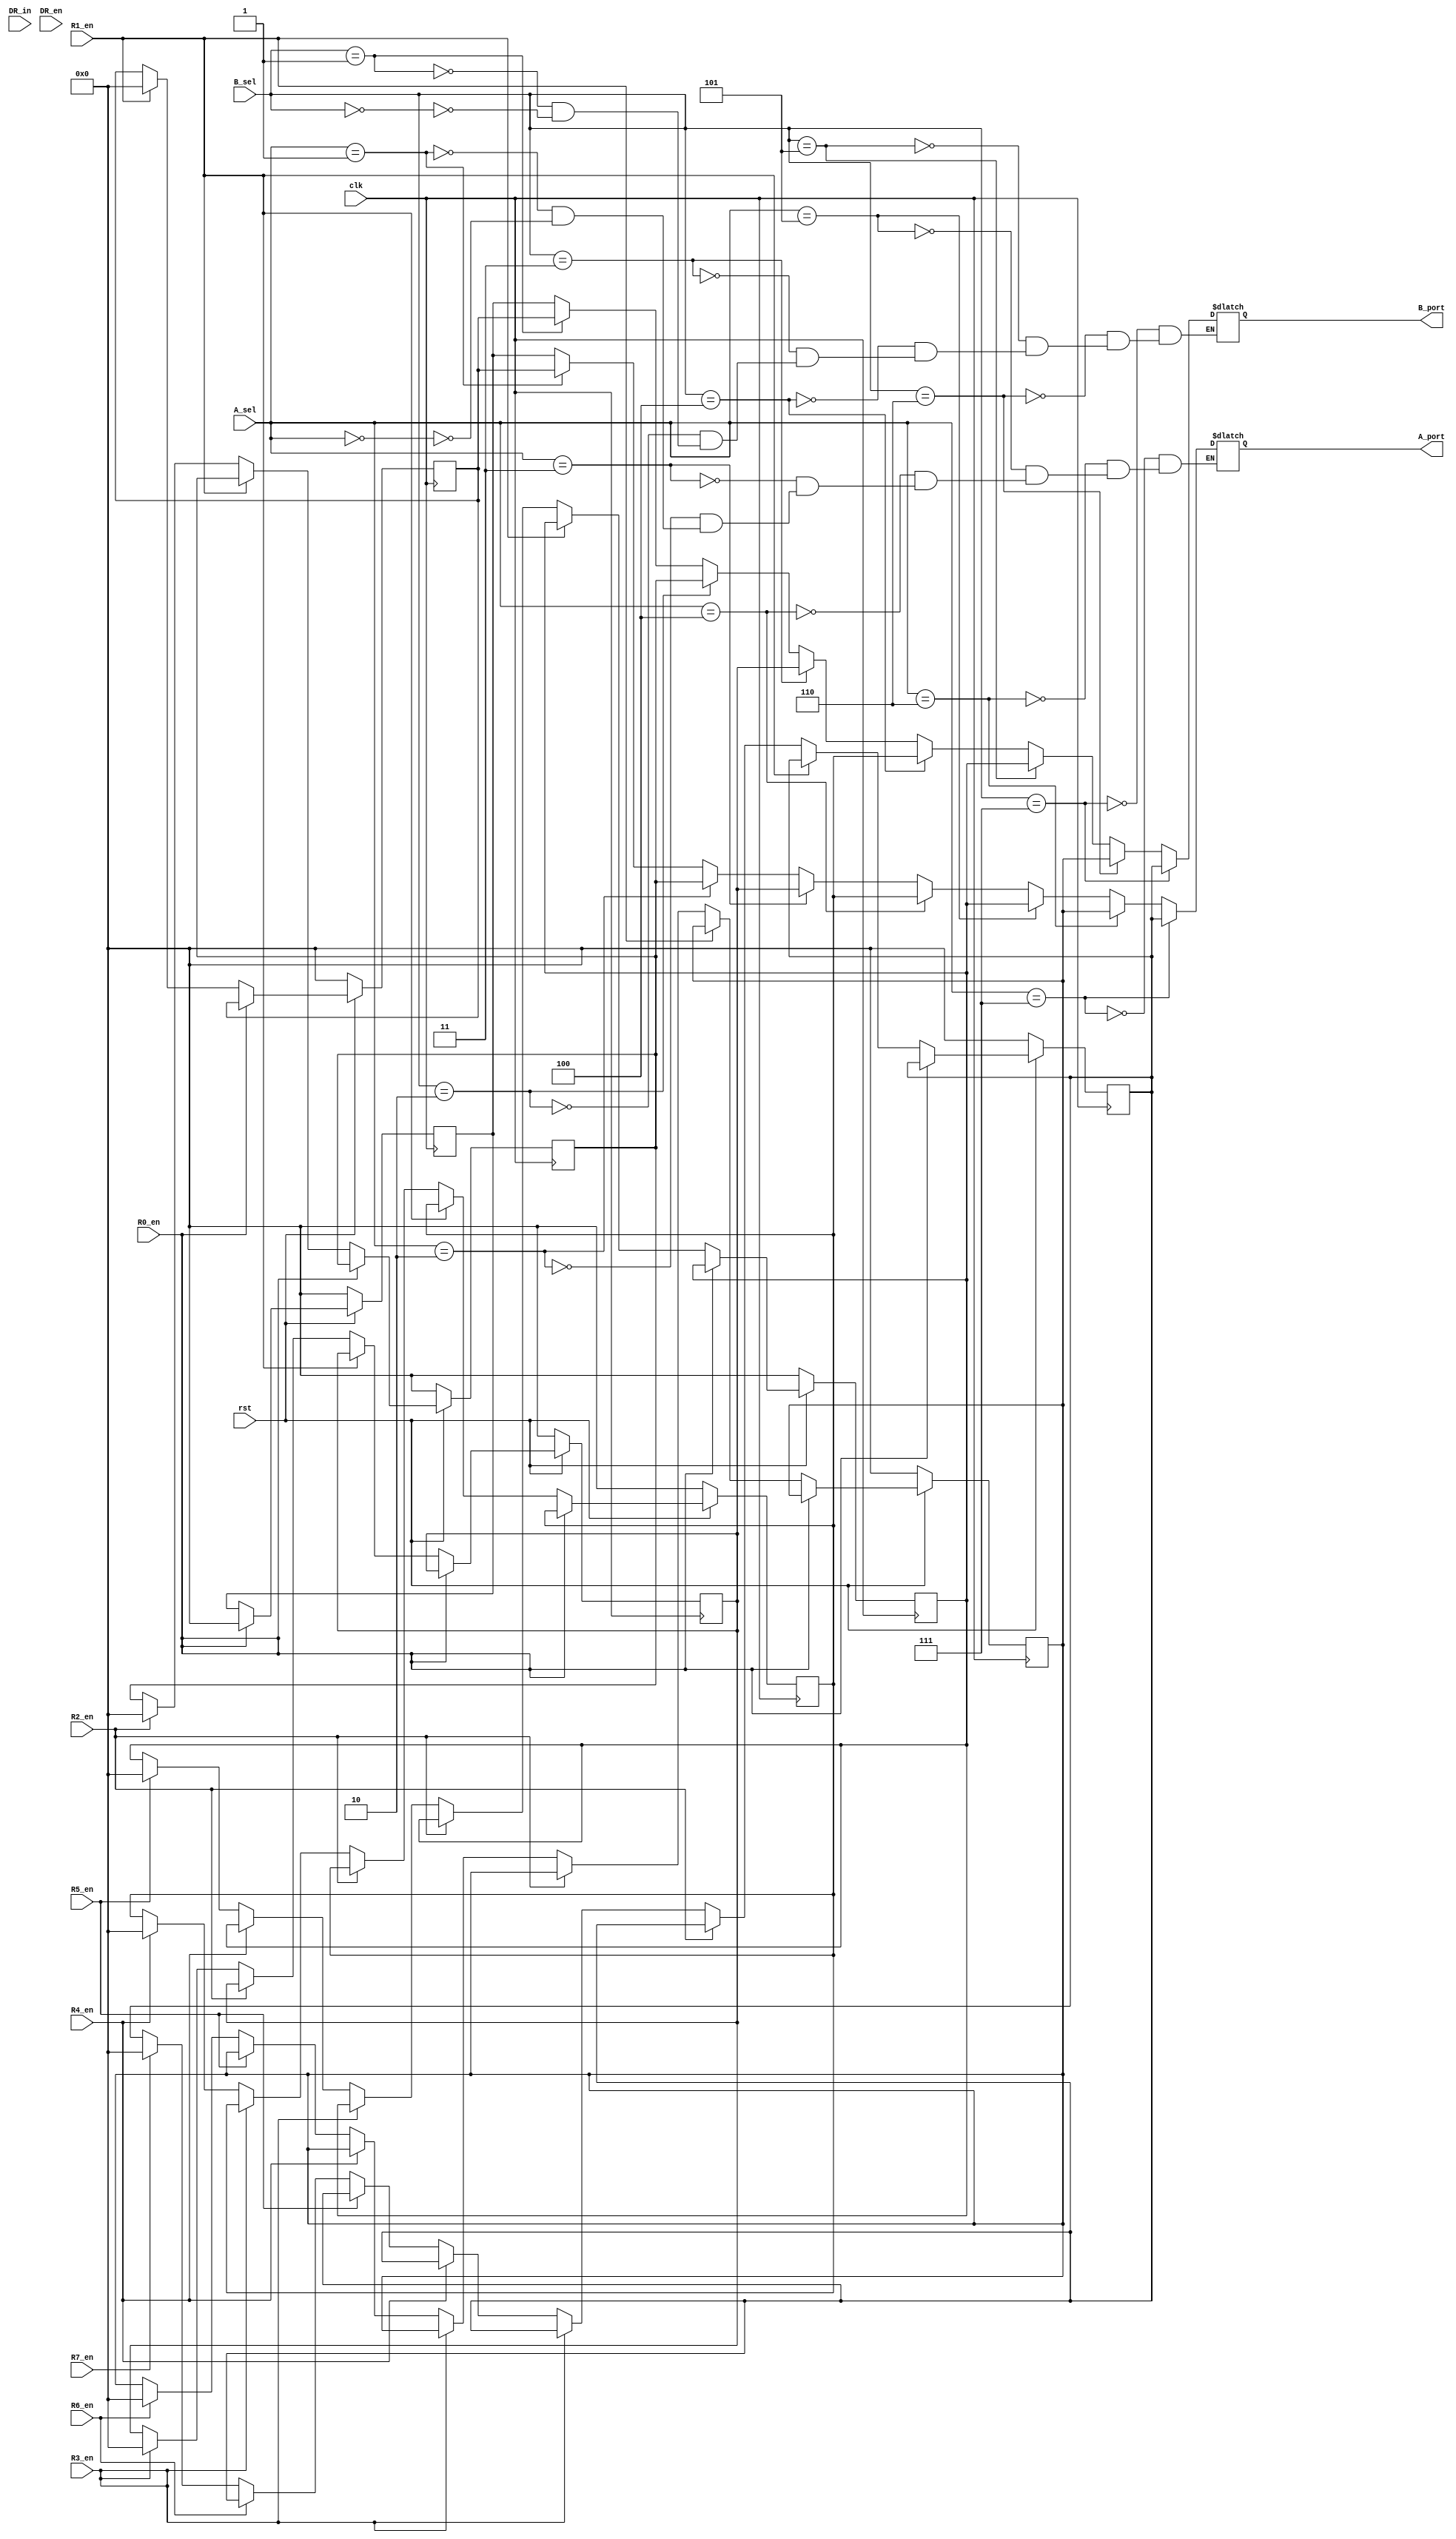
`timescale 1ns / 1ps
//////////////////////////////////////////////////////////////////////////////////
// Company: 
// Engineer: 
// 
// Design Name: 
// Module Name: Regsfile
// Project Name: 
// Target Devices: 
// Tool Versions: 
// Description: 
// 
// Dependencies: 
// 
// Revision:
// Revision 0.01 - File Created
// Additional Comments:
// 
//////////////////////////////////////////////////////////////////////////////////


module Regsfile(
    input clk,
    input rst,
    input [15:0] DR_in,
    input DR_en,
    input R0_en,
    input R1_en,
    input R2_en,
    input R3_en,
    input R4_en,
    input R5_en,
    input R6_en,
    input R7_en,
    input [2:0] A_sel,
    input [2:0] B_sel,
    output reg[15:0] A_port,
    output reg[15:0] B_port
    );
    
    reg [15:0] R0;
    reg [15:0] R1;
    reg [15:0] R2;
    reg [15:0] R3;
    reg [15:0] R4;
    reg [15:0] R5;
    reg [15:0] R6;
    reg [15:0] R7;
    reg [15:0] DR;
   
    initial
    begin
    A_port = 16'b0000000000000000;
    B_port = 16'b0000000000000000;
    R0 = 16'b0000000000000000;
    R1 = 16'b0000000000000000;
    R2 = 16'b0000000000000000;
    R3 = 16'b0000000000000000;
    R4 = 16'b0000000000000000;
    R5 = 16'b0000000000000000;
    R6 = 16'b0000000000000000;
    R7 = 16'b0000000000000000;
    DR = 16'b0000000000000000;
    end

    always @(A_sel)
    begin
        if(A_sel == 3'b000) A_port = R0;
        if(A_sel == 3'b001) A_port = R1;
        if(A_sel == 3'b010) A_port = R2;
        if(A_sel == 3'b011) A_port = R3;
        if(A_sel == 3'b100) A_port = R4;
        if(A_sel == 3'b101) A_port = R5;
        if(A_sel == 3'b110) A_port = R6;
        if(A_sel == 3'b111) A_port = R7;
    end
//    assign A_port = (A_sel == 3'b000)?R0:16'b0000000000000000;
//    assign A_port = (A_sel == 3'b001)?R1:16'b0000000000000000;
//    assign A_port = (A_sel == 3'b010)?R2:16'b0000000000000000;
//    assign A_port = (A_sel == 3'b011)?R3:16'b0000000000000000;
//    assign A_port = (A_sel == 3'b100)?R4:16'b0000000000000000;
//    assign A_port = (A_sel == 3'b101)?R5:16'b0000000000000000;
//    assign A_port = (A_sel == 3'b110)?R6:16'b0000000000000000;
//    assign A_port = (A_sel == 3'b111)?R7:16'b0000000000000000;
    
    always @(B_sel)
    begin
        if(B_sel == 3'b000) B_port = R0;
        if(B_sel == 3'b001) B_port = R1;
        if(B_sel == 3'b010) B_port = R2;
        if(B_sel == 3'b011) B_port = R3;
        if(B_sel == 3'b100) B_port = R4;
        if(B_sel == 3'b101) B_port = R5;
        if(B_sel == 3'b110) B_port = R6;
        if(B_sel == 3'b111) B_port = R7;
    end
//    assign B_port = (B_sel == 3'b000)?R0:16'b0000000000000000;
//    assign B_port = (B_sel == 3'b001)?R1:16'b0000000000000000;
//    assign B_port = (B_sel == 3'b010)?R2:16'b0000000000000000;
//    assign B_port = (B_sel == 3'b011)?R3:16'b0000000000000000;
//    assign B_port = (B_sel == 3'b100)?R4:16'b0000000000000000;
//    assign B_port = (B_sel == 3'b101)?R5:16'b0000000000000000;
//    assign B_port = (B_sel == 3'b110)?R6:16'b0000000000000000;
//    assign B_port = (B_sel == 3'b111)?R7:16'b0000000000000000;
    
    always @(posedge clk)
    begin
        if(rst == 1'b0)
            begin
            R0 = 16'b0000000000000000;
            R1 = 16'b0000000000000000;
            R2 = 16'b0000000000000000;
            R3 = 16'b0000000000000000;
            R4 = 16'b0000000000000000;
            R5 = 16'b0000000000000000;
            R6 = 16'b0000000000000000;
            R7 = 16'b0000000000000000;
            end
        else
            begin
                if(R0_en == 1'b1) R0 = DR;
                else if(R1_en == 1'b1) R1 = DR;
                else if(R2_en == 1'b1) R2 = DR;
                else if(R3_en == 1'b1) R3 = DR;
                else if(R4_en == 1'b1) R4 = DR;
                else if(R5_en == 1'b1) R5 = DR;
                else if(R6_en == 1'b1) R6 = DR;
                else if(R7_en == 1'b1) R7 = DR;
            end
    end
endmodule